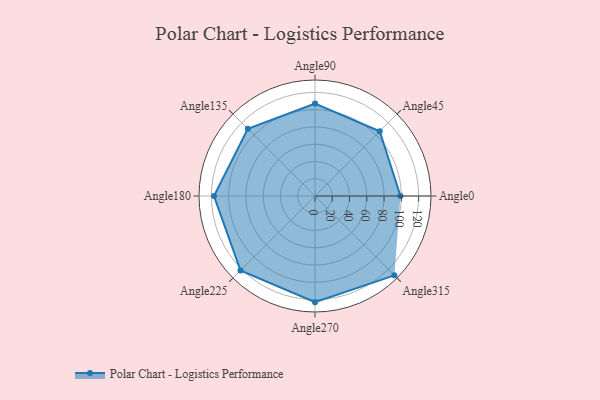
{"axis": {"x": "Angle", "y": "Radius"}, "legend": [""], "data": [{"x": "Angle0", "y": 99.0, "type": ""}, {"x": "Angle45", "y": 106.0, "type": ""}, {"x": "Angle90", "y": 107.0, "type": ""}, {"x": "Angle135", "y": 110.0, "type": ""}, {"x": "Angle180", "y": 117.0, "type": ""}, {"x": "Angle225", "y": 122.0, "type": ""}, {"x": "Angle270", "y": 123.0, "type": ""}, {"x": "Angle315", "y": 130.0, "type": ""}]}